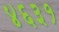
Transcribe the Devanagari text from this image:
४६३१